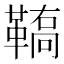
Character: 𩌚